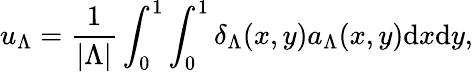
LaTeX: u_{\Lambda}=\frac{1}{|\Lambda|}\int_{0}^{1}\int_{0}^{1}\delta_{\Lambda}(x,y)a_{\Lambda}(x,y)\mathrm{d}x\mathrm{d}y,